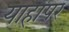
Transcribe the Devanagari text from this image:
याहापर